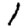
Digit: 1